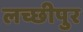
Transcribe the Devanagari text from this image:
लच्छीपुर